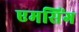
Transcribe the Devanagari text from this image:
एमसिंग